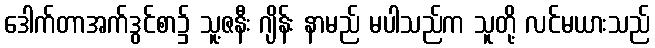
ဒေါက်တာအက်ဒွင်စာ၌ သူ့ဇနီး ဂျိန်း နာမည် မပါသည်က သူတို့ လင်မယားသည်